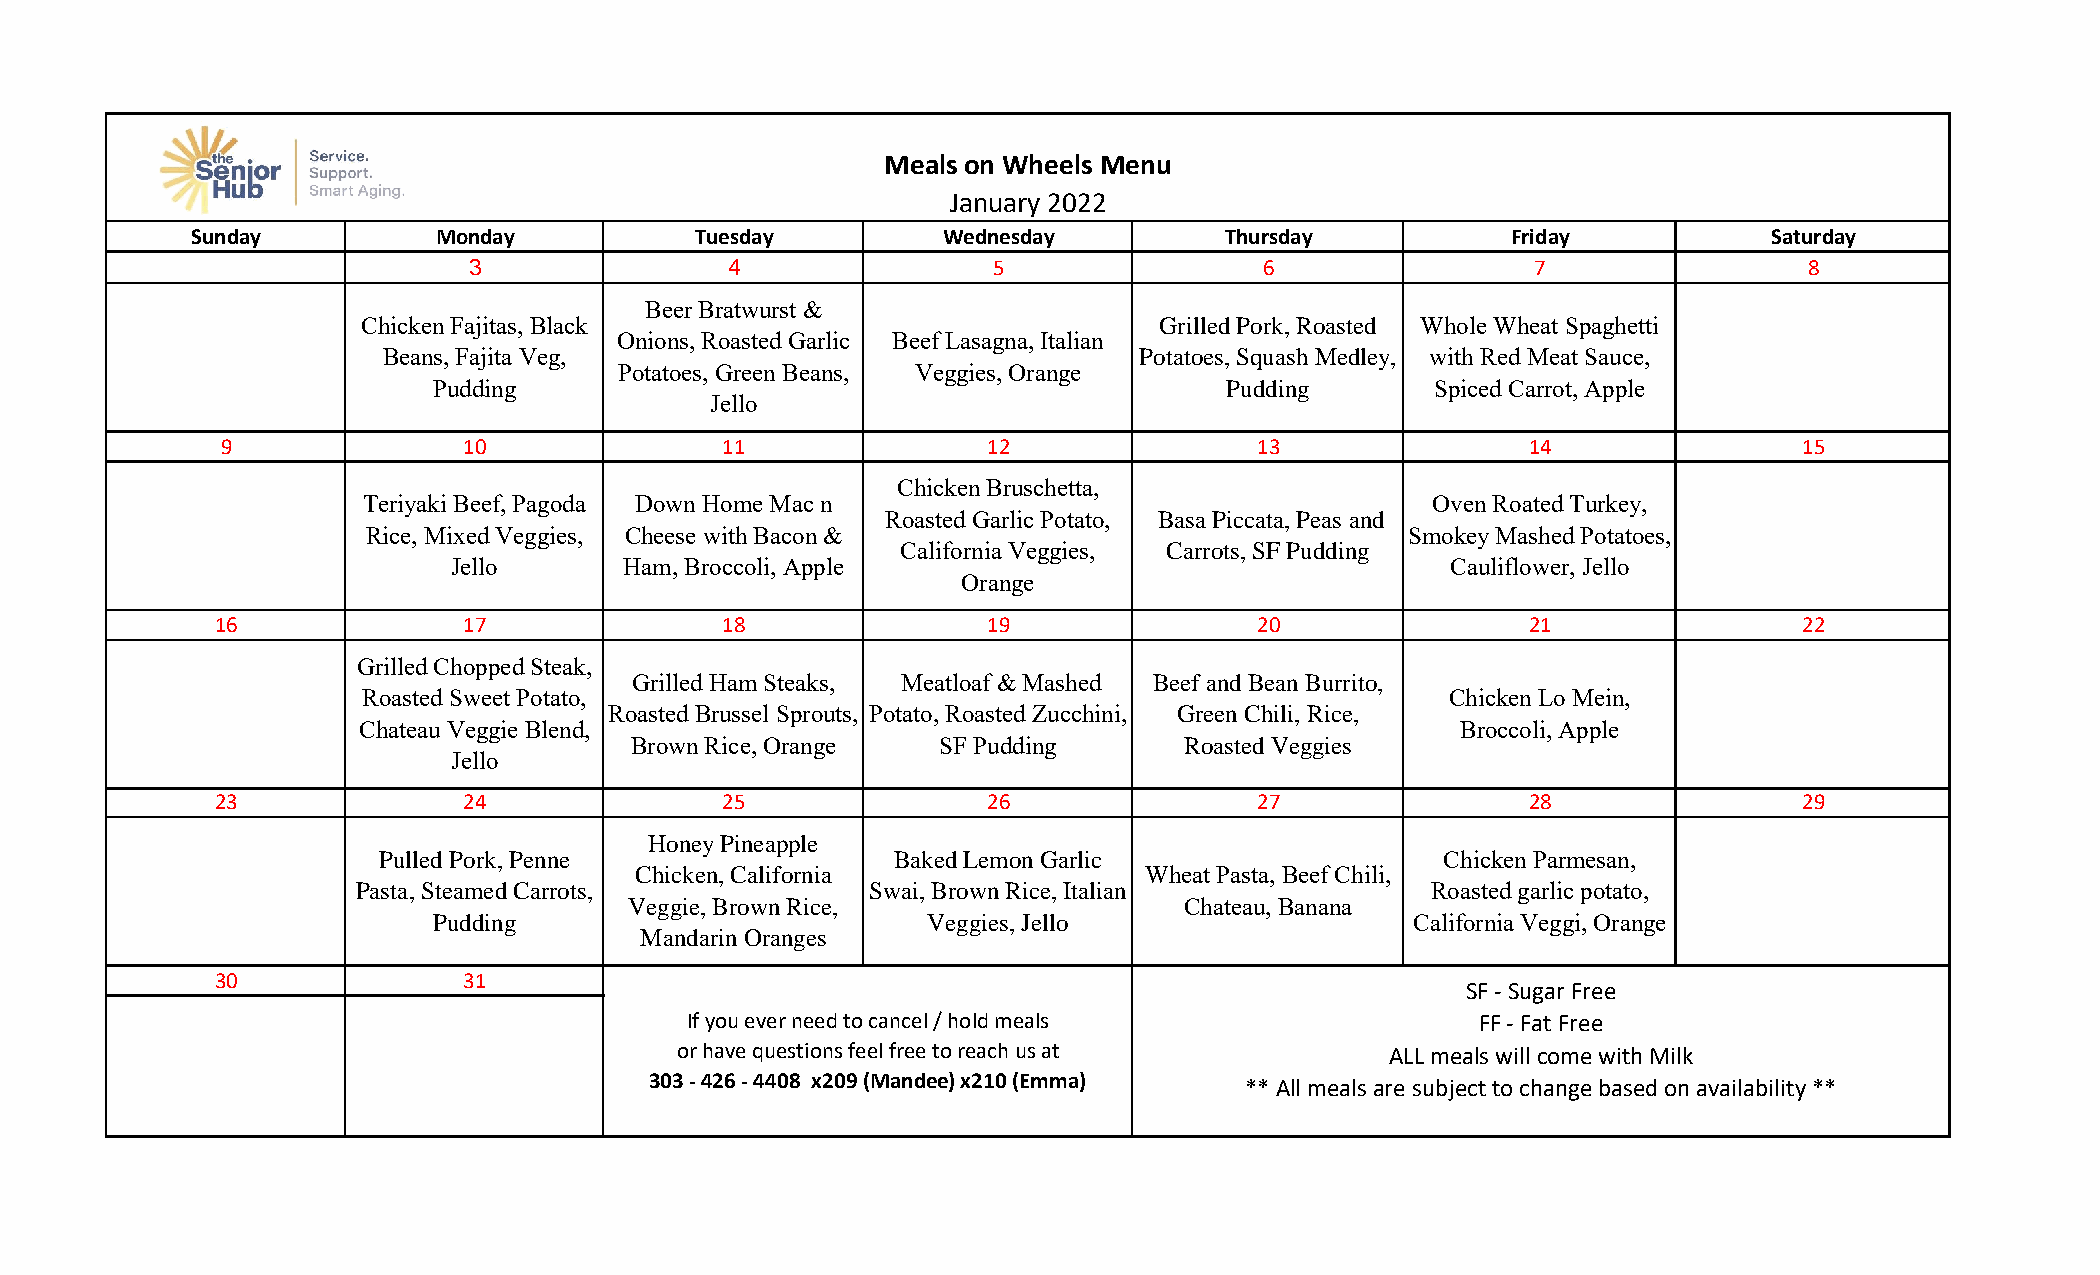
Meals on Wheels Menu
 January 2022
 Sunday          Monday           Tuesday         Wednesday          Thursday           Friday           Saturday
 3                4                 5                 6                 7                 8
 Beer Bratwurst &
 Chicken Fajitas, Black                               Grilled Pork, Roasted Whole Wheat Spaghetti
 Onions, Roasted Garlic Beef Lasagna, Italian
 Beans, Fajita Veg,                                Potatoes, Squash Medley, with Red Meat Sauce,
 Potatoes, Green Beans, Veggies, Orange
 Pudding                                             Pudding       Spiced Carrot, Apple
 Jello
 9               10               11               12                13                14                15
 Chicken Bruschetta,
 Teriyaki Beef, Pagoda Down Home Mac n                                  Oven Roated Turkey,
 Roasted Garlic Potato, Basa Piccata, Peas and
 Rice, Mixed Veggies, Cheese with Bacon &                             Smokey Mashed Potatoes,
 California Veggies, Carrots, SF Pudding
 Jello      Ham, Broccoli, Apple                                   Cauliflower, Jello
 Orange
 16               17               18               19                20                21                22
 Grilled Chopped Steak,
 Grilled Ham Steaks, Meatloaf & Mashed Beef and Bean Burrito,
 Roasted Sweet Potato,                                                   Chicken Lo Mein,
 Roasted Brussel Sprouts, Potato, Roasted Zucchini, Green Chili, Rice,
 Chateau Veggie Blend,                                                    Broccoli, Apple
 Brown Rice, Orange  SF Pudding      Roasted Veggies
 Jello
 23               24               25               26                27                28                29
 Honey Pineapple
 Pulled Pork, Penne                Baked Lemon Garlic                   Chicken Parmesan,
 Chicken, California               Wheat Pasta, Beef Chili,
 Pasta, Steamed Carrots,           Swai, Brown Rice, Italian            Roasted garlic potato,
 Veggie, Brown Rice,                 Chateau, Banana
 Pudding                         Veggies, Jello                   California Veggi, Orange
 Mandarin Oranges
 30               31
 SF - Sugar Free
 If you ever need to cancel / hold meals              FF - Fat Free
 or have questions feel free to reach us at     ALL meals will come with Milk
 303 - 426 - 4408 x209 (Mandee) x210 (Emma)
 ** All meals are subject to change based on availability **